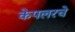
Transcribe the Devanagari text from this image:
केपलरचे